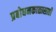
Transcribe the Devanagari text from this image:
प्रबोधनकाळासाठी